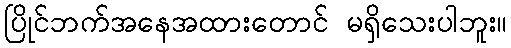
ပြိုင်ဘက်အနေအထားတောင် မရှိသေးပါဘူး။